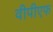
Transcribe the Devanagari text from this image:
वीपीएफ